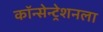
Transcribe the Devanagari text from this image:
कॉन्सेन्ट्रेशनला